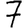
Digit: 7